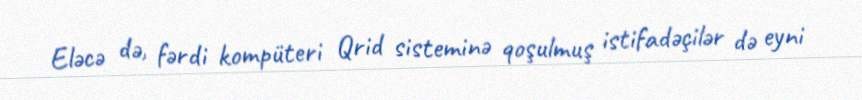
Eləcə də, fərdi kompüteri Qrid sisteminə qoşulmuş istifadəçilər də eyni